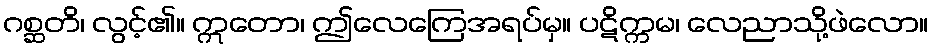
ဂစ္ဆတိ၊ လွင့်၏။ ဣတော၊ ဤလေကြေအရပ်မှ။ ပဋိက္ကမ၊ လေညာသို့ဖဲလော။